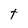
Character: t